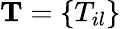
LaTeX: \mathbf{T}=\{ T_{il}\}